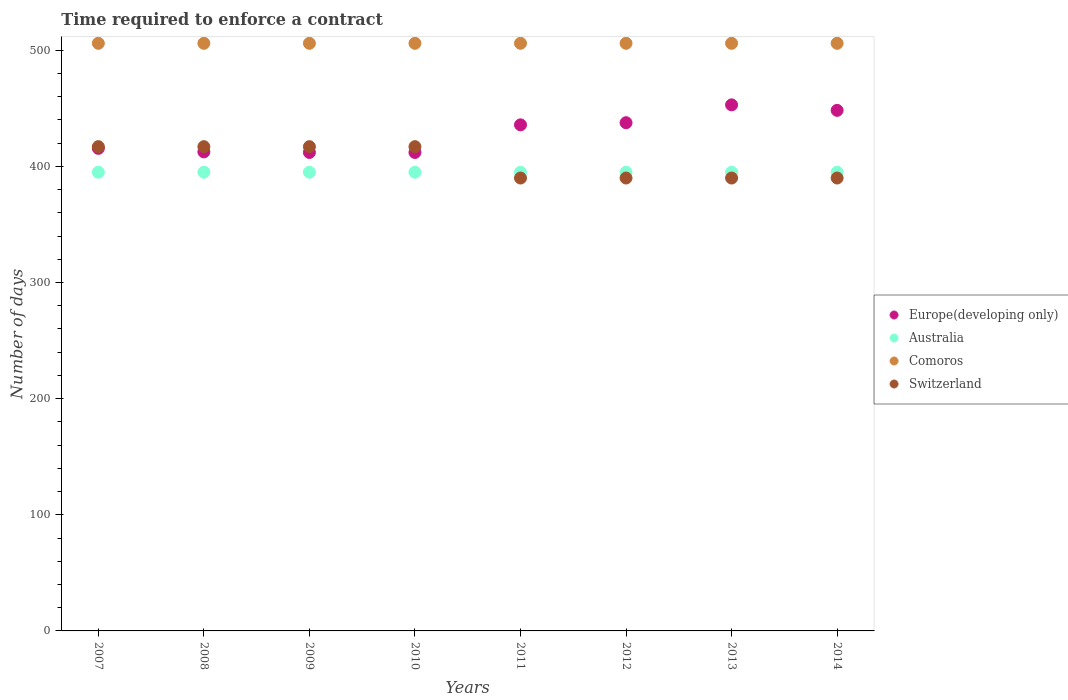
| Years | Europe(developing only) | Australia | Comoros | Switzerland |
 | --- | --- | --- | --- | --- |
 | 2007 | 416 | 395 | 506 | 417 |
 | 2008 | 412 | 395 | 506 | 417 |
 | 2009 | 412 | 395 | 506 | 417 |
 | 2010 | 412 | 395 | 506 | 417 |
 | 2011 | 436 | 395 | 506 | 390 |
 | 2012 | 438 | 395 | 506 | 390 |
 | 2013 | 453 | 395 | 506 | 390 |
 | 2014 | 448 | 395 | 506 | 390 |